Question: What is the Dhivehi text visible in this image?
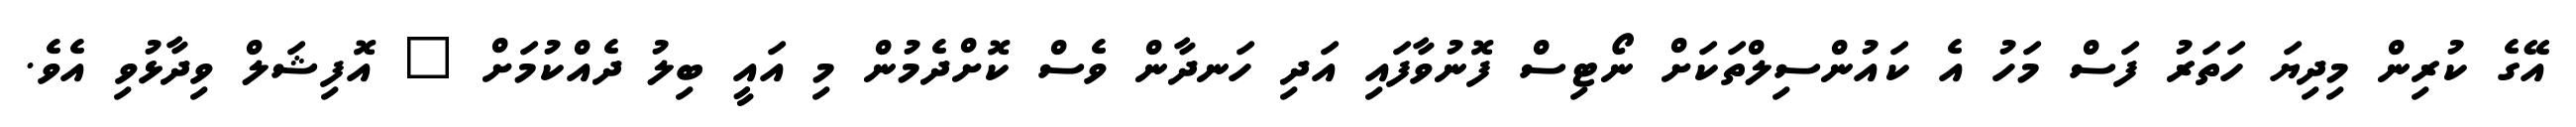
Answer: އޭގެ ކުރިން މިދިޔަ ހަތަރު ފަސް މަހު އެ ކައުންސިލްތަކަށް ނޯޓިސް ފޮނުވާފައި އަދި ހަނދާން ވެސް ކޮށްދެމުން މި އައީ ބިލު ދެއްކުމަށް " އޮފިޝަލް ވިދާޅުވި އެވެ.